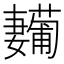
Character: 𱙳